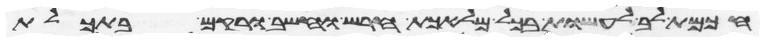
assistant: חכמת לב לעשות בכל מלאכת חרש וחשב ורקם בתכלת